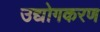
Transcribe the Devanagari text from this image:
उद्योगकरण